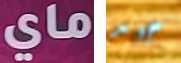
ماي جيد